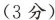
(3分)